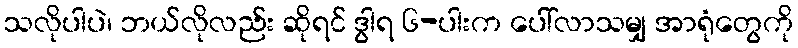
သလိုပါပဲ၊ ဘယ်လိုလည်း ဆိုရင် ဒွါရ ၆-ပါးက ပေါ်လာသမျှ အာရုံတွေကို